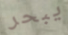
يبحر